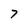
Character: 7